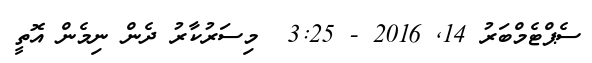
ސެޕްޓެމްބަރު 14